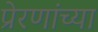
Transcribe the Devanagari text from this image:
प्रेरणांच्या